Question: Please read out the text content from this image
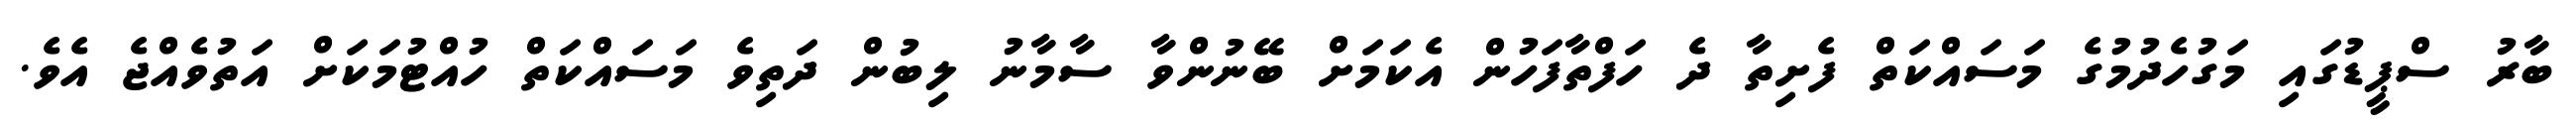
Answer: ބާރު ސްޕީޑުގައި މަގުހެދުމުގެ މަސައްކަތް ފެށިތާ ދެ ހަފްތާފަހުން އެކަމަށް ބޭނުންވާ ސާމާނު ލިބުން ދަތިވެ މަސައްކަތް ހުއްޓުމަކަށް އަތުވެއްޖެ އެވެ.